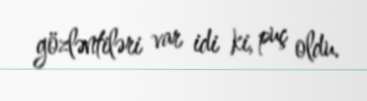
gözləntiləri var idi ki, puç oldu.